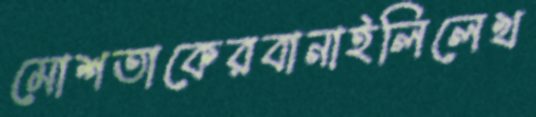
মোশতাকেরবানাইলিলেখ